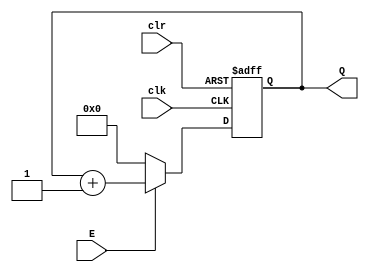
module counter(E,clk,clr,Q);
input E,clk,clr;
output reg [3:0]Q;

always@(posedge clk,negedge clr)
begin
if (clr==0)
Q<=0;
else if (E==1)
Q<=Q+1;          ///here if Q<=Q-1 thn act as down counter////
else 
Q<=0;
end 
endmodule